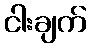
ငါးချက်